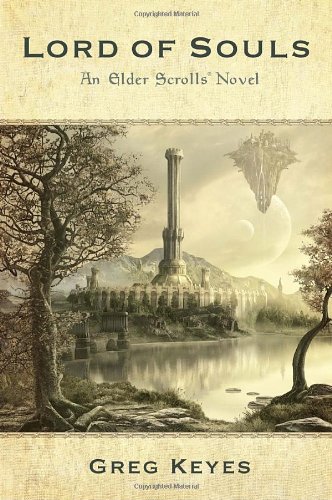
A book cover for Lord of Souls: An Elder Scrolls Novel; Greg Keyes; Literature & Fiction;